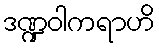
ဒဏ္ဍဝါကရာဟိ